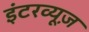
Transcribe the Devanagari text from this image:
इंटरव्यूज़